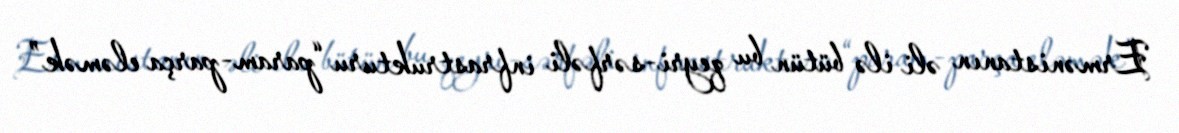
Ermənistanın əli ilə bütün bu qeyri-sərfəli infrastrukturu “param-parça eləmək”